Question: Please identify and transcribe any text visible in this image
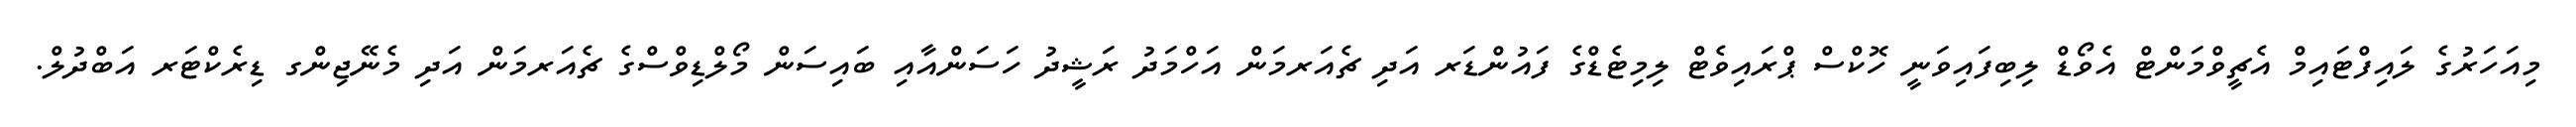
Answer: މިއަހަރުގެ ލައިފްޓައިމް އެޗީވްމަންޓް އެވޯޑް ލިބިފައިވަނީ ހޮކްސް ޕްރައިވެޓް ލިމިޓެޑްގެ ފައުންޑަރ އަދި ޗެއަރމަން އަހްމަދު ރަޝީދު ހަސަންއާއި ބައިސަން މޯލްޑިވްސްގެ ޗެއަރމަން އަދި މެނޭޖިންގ ޑިރެކްޓަރ އަބްދުލް.